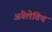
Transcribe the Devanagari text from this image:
अंगेलेविच